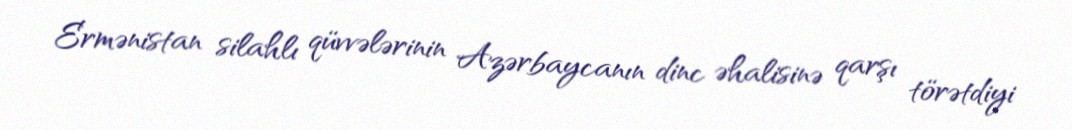
Ermənistan silahlı qüvvələrinin Azərbaycanın dinc əhalisinə qarşı törətdiyi